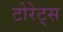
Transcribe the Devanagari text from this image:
टोरेट्स